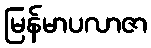
မြန်မာပလာဇာ